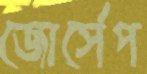
জোর্সেপ